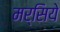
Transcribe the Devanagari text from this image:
मर्सिये